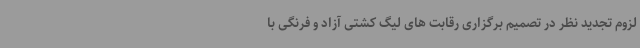
لزوم تجدید نظر در تصمیم برگزاری رقابت های لیگ کشتی آزاد و فرنگی با